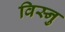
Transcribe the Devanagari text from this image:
विस्नु